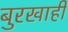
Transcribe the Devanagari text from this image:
बुरखाही